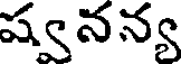
ష్వనన్య